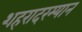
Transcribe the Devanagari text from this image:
शहरादरम्यान